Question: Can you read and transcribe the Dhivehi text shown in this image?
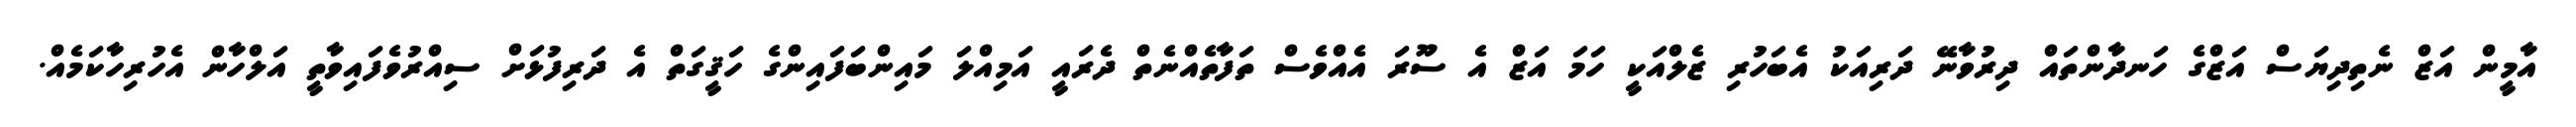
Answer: އާމީން އަޒް ނެތިދިޔަސް އަޒްގެ ހަނދާންތައް ދިރުވާނޭ ދަރިއަކު އެބަހުރި ޒެލްއަކީ ހަމަ އަޒް އެ ސޫރަ އެއްވެސް ތަފާތެއްނެތް ދެރައީ އަމިއްލަ މައިންބަފައިންގެ ހަޤީގަތް އެ ދަރިފުޅަށް ސިއްރުވެފައިވާތީ އަލްހާން އެހުރިހާކަމެއް.